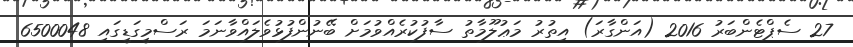
27 ސެޕްޓެންބަރު 2016 (އަންގާރަ) އިތުރު މަޢުލޫމާތު ސާފުކުރެއްވުމަށް ބޭނުންފުޅުވެލައްވާނަމަ ރަސްމީގަޑީގައި 6500048